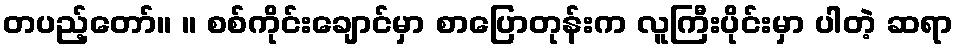
တပည့်တော်။ ။ စစ်ကိုင်းချောင်မှာ စာပြောတုန်းက လူကြီးပိုင်းမှာ ပါတဲ့ ဆရာ